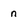
Character: n